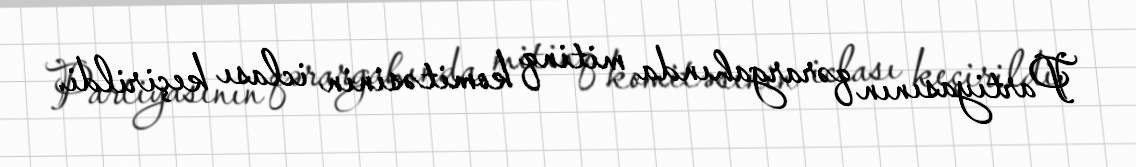
Partiyasının qərargahında mitinq komitəsinin iclası keçirildi.